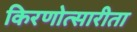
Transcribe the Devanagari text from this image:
किरणोत्सारीता